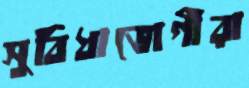
সুবিধাভোগীরা